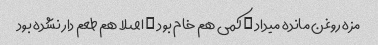
مزه روغن مانده میداد … کمی هم خام بود … اصلا هم طعم دار نشده بود